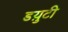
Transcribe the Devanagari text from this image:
डय़ुटी